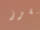
مقزز